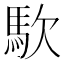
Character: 𮩹